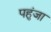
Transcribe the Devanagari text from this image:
पहुंजा